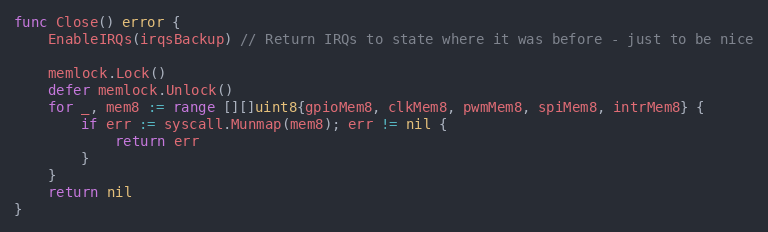
Language: Go
func Close() error {
	EnableIRQs(irqsBackup) // Return IRQs to state where it was before - just to be nice

	memlock.Lock()
	defer memlock.Unlock()
	for _, mem8 := range [][]uint8{gpioMem8, clkMem8, pwmMem8, spiMem8, intrMem8} {
		if err := syscall.Munmap(mem8); err != nil {
			return err
		}
	}
	return nil
}